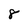
Character: 8